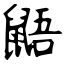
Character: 鼯